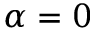
\alpha = 0